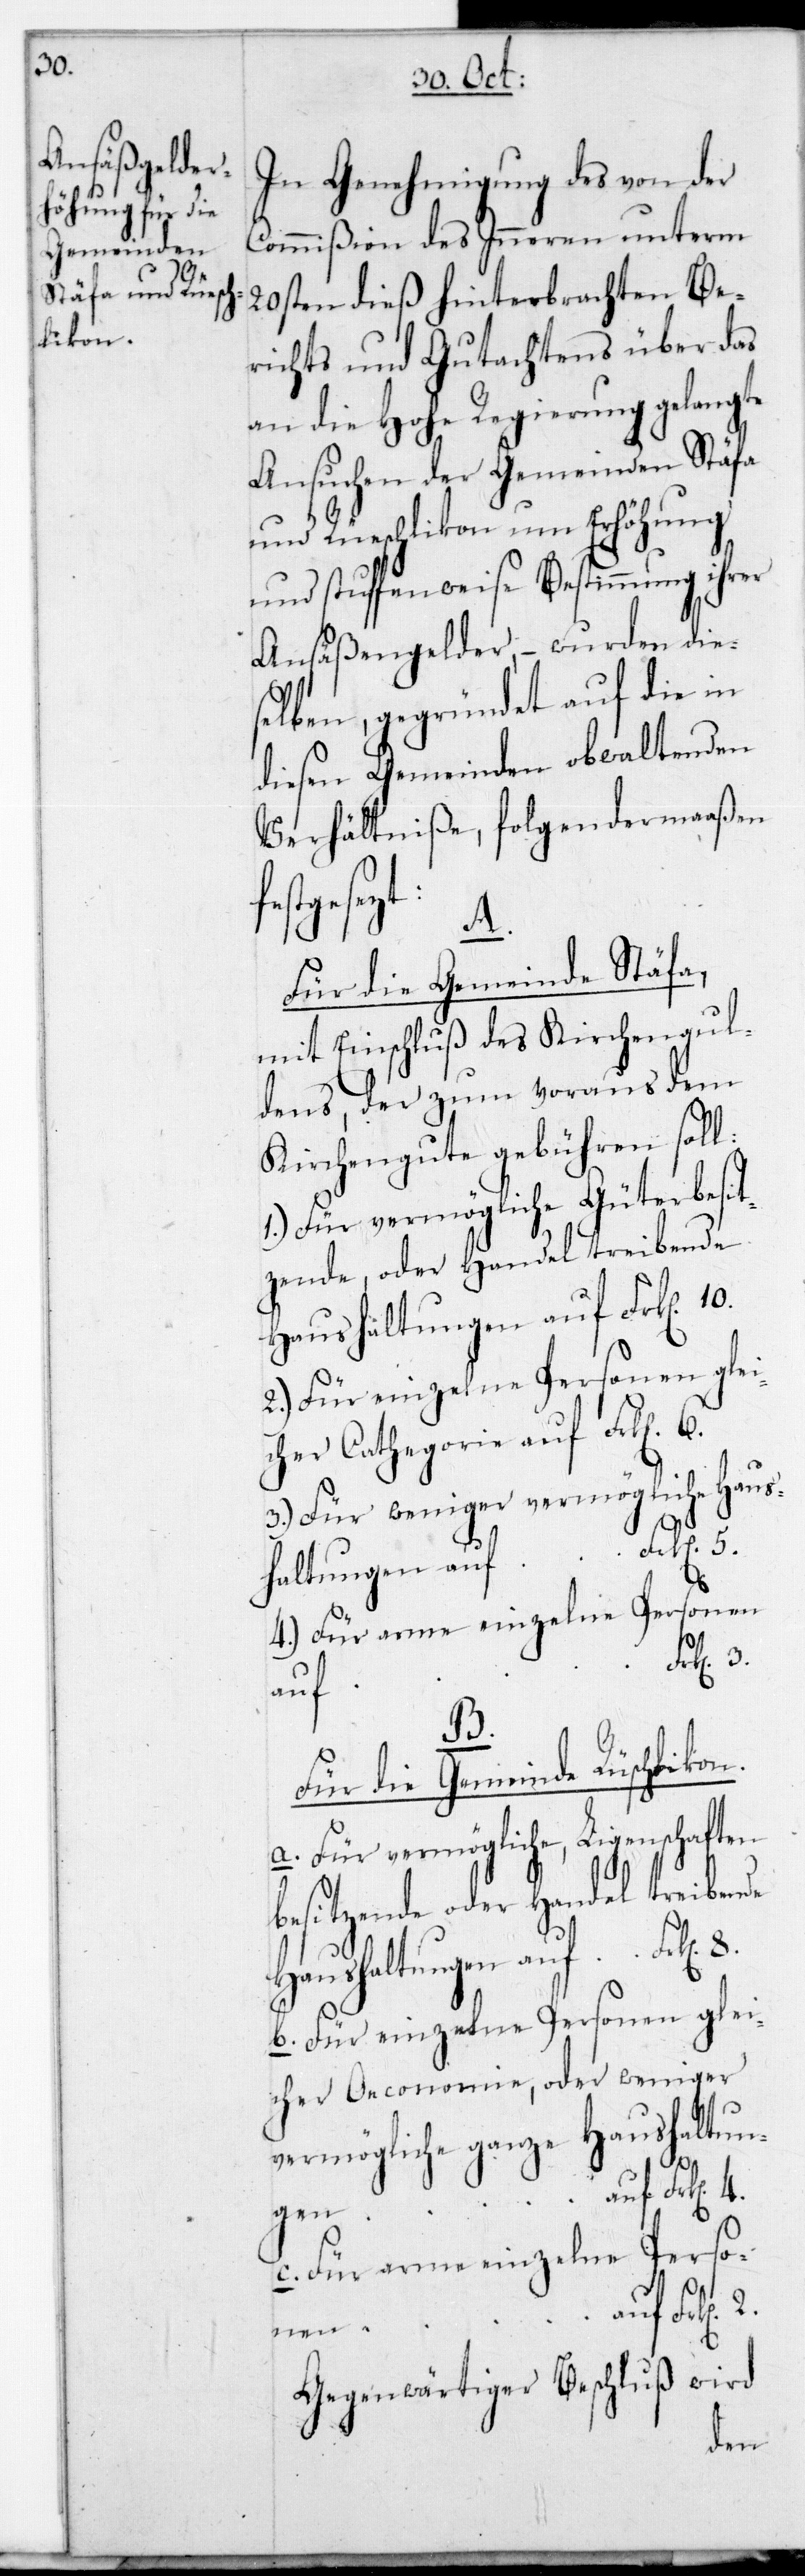
In Genehmigung des von der
Comißion des Inneren unterm
20sten dieß hinterbrachten Be¬
richts und Gutachtens über das
an die Hohe Regierung gelangte
Ansuchen der Gemeinden Stäfa
und Rüschlikon um Erhöhung
und stuffenweise Bestimmung ihrer
Ansäßengelder, – wurden die¬
selben, gegründet auf die in
diesen Gemeinden obwaltenden
Verhältniße, folgendermaaßen
festgeset¬
2.
Für die Gemeinde Stäfa,
mit Einschluß des Kirchengul¬
dens, der zum voraus dem
Kirchengute gebühren soll:
1.) Für vermögliche Güterbesit¬
zende oder Handel treibende
Haushaltungen auf Frk[en].
2.) Für einzelne Personen glei¬
cher Cathegorie auf Frk[en]
3.) Für weniger vermögliche Haus¬
haltungen auf Frk[en].
4.) Für arme einzelne Personen
auf
4.
Für die Gemeinde Rüschlikon.
a. Für vermögliche, Ligenschaften
besitzende oder Handel treibende
b. Für einzelne Personen glei¬
cher Oeconomie, oder weniger
vermögliche ganze Haushaltun¬
gen
c. Für arme einzelne Perso¬
nen auf Frk[e¬
Gegenwärtiger Beschluß wird